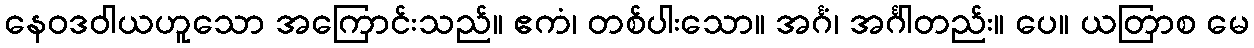
နေဝဒဝါယဟူသော အကြောင်းသည်။ ဧကံ၊ တစ်ပါးသော။ အင်္ဂံ၊ အင်္ဂါတည်း။ ပေ။ ယတြာစ မေ